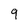
Character: 9